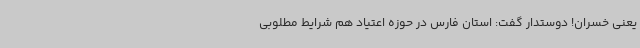
یعنی خسران! دوستدار گفت: استان فارس در حوزه اعتیاد هم شرایط مطلوبی